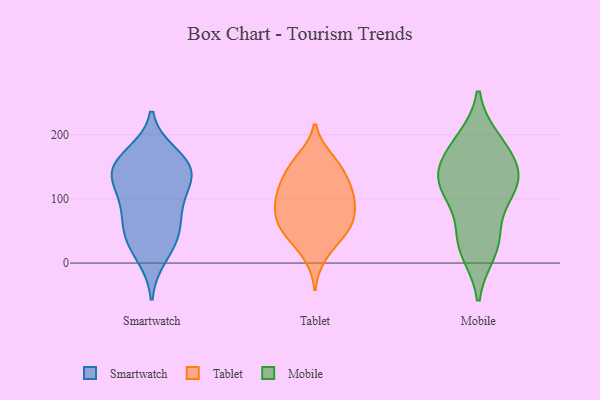
{"axis": {"x": "Active Users", "y": "Value"}, "legend": ["Mobile", "Smartwatch", "Tablet"], "data": [{"x": "", "y": 38, "type": "Smartwatch"}, {"x": "", "y": 134, "type": "Smartwatch"}, {"x": "", "y": 153, "type": "Smartwatch"}, {"x": "", "y": 139, "type": "Smartwatch"}, {"x": "", "y": 41, "type": "Smartwatch"}, {"x": "", "y": 54, "type": "Smartwatch"}, {"x": "", "y": 88, "type": "Smartwatch"}, {"x": "", "y": 114, "type": "Smartwatch"}, {"x": "", "y": 169, "type": "Smartwatch"}, {"x": "", "y": 155, "type": "Smartwatch"}, {"x": "", "y": 145, "type": "Smartwatch"}, {"x": "", "y": 10, "type": "Smartwatch"}, {"x": "", "y": 84, "type": "Smartwatch"}, {"x": "", "y": 113, "type": "Tablet"}, {"x": "", "y": 117, "type": "Tablet"}, {"x": "", "y": 39, "type": "Tablet"}, {"x": "", "y": 152, "type": "Tablet"}, {"x": "", "y": 155, "type": "Tablet"}, {"x": "", "y": 63, "type": "Tablet"}, {"x": "", "y": 85, "type": "Tablet"}, {"x": "", "y": 135, "type": "Tablet"}, {"x": "", "y": 52, "type": "Tablet"}, {"x": "", "y": 89, "type": "Tablet"}, {"x": "", "y": 44, "type": "Tablet"}, {"x": "", "y": 163, "type": "Tablet"}, {"x": "", "y": 111, "type": "Tablet"}, {"x": "", "y": 11, "type": "Tablet"}, {"x": "", "y": 106, "type": "Tablet"}, {"x": "", "y": 73, "type": "Tablet"}, {"x": "", "y": 67, "type": "Tablet"}, {"x": "", "y": 44, "type": "Mobile"}, {"x": "", "y": 164, "type": "Mobile"}, {"x": "", "y": 19, "type": "Mobile"}, {"x": "", "y": 117, "type": "Mobile"}, {"x": "", "y": 190, "type": "Mobile"}, {"x": "", "y": 119, "type": "Mobile"}, {"x": "", "y": 127, "type": "Mobile"}, {"x": "", "y": 183, "type": "Mobile"}, {"x": "", "y": 114, "type": "Mobile"}, {"x": "", "y": 32, "type": "Mobile"}, {"x": "", "y": 142, "type": "Mobile"}]}